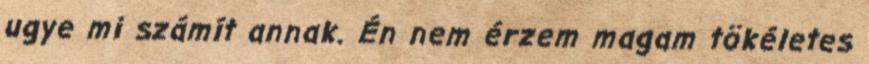
ugye mi számít annak. Én nem érzem magam tökéletes